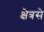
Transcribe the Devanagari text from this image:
क्षेत्रसे